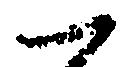
一